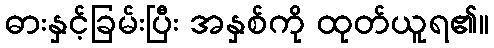
ဓားနှင့်ခြမ်းပြီး အနှစ်ကို ထုတ်ယူရ၏။